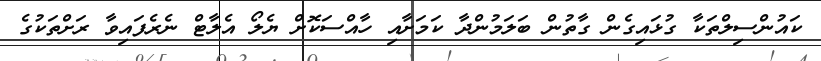
ކައުންސިލްތަކާ ގުޅައިގެން ގާތުން ބަލަމުންދާ ކަމަށާއި ހާއްސަކޮށް ޔެލޯ އެލާޓް ނެރެފައިވާ ރަށްތަކުގެ